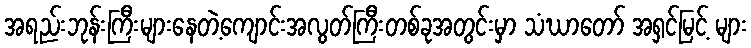
အရည်းဘုန်းကြီးများနေတဲ့ကျောင်းအလွတ်ကြီးတစ်ခုအတွင်းမှာ သံဃာတော် အရှင်မြင့် များ